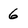
Character: 6